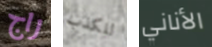
راج للكذب الأناني